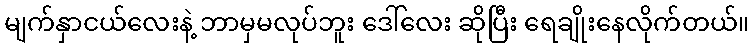
မျက်နှာငယ်လေးနဲ့ ဘာမှမလုပ်ဘူး ဒေါ်လေး ဆိုပြီး ရေချိုးနေလိုက်တယ်။